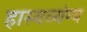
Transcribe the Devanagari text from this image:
हास्यव्यंग्य